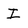
Character: I